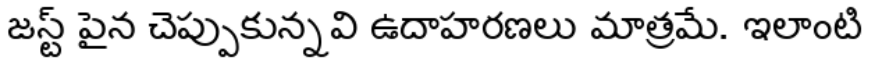
జస్ట్ పైన చెప్పుకున్నవి ఉదాహరణలు మాత్రమే. ఇలాంటి